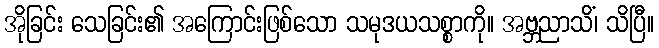
အိုခြင်း သေခြင်း၏ အကြောင်းဖြစ်သော သမုဒယသစ္စာကို။ အဗ္ဘညာသိံ၊ သိပြီ။